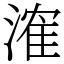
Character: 㴶